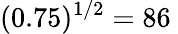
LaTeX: (0.75)^{1/2}=86\